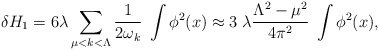
\begin{align*}\delta H_1=6\lambda \sum_{\mu<k<\Lambda}{1\over 2\omega_k}\; \int\phi^2(x) \approx 3\;\lambda \frac{\Lambda^2 - \mu^2}{4 \pi^2}\;\int \phi^2(x), \end{align*}